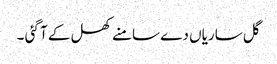
گل ساریاں دے سامنے کھل کے آ گئی ۔